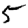
Digit: 5